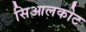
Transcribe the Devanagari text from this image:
सिआलकोट